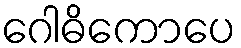
ဂေါဓိကောပေ